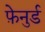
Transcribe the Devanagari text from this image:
फ़ेनुर्ड